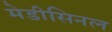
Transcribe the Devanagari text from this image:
मेडीसिनल